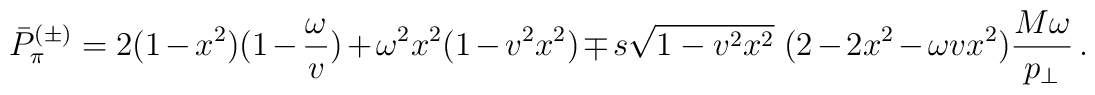
\bar{P}^{(\pm)}_{\pi} =2(1-x^2)(1-{\omega\over v}) + \omega^2 x^2 (1-v^2x^2)\mp s \sqrt{1-v^2x^2}\;(2-2x^2-\omega vx^2){M \omega\over p_{\perp}}\,.